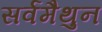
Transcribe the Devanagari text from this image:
सर्वमैथुन